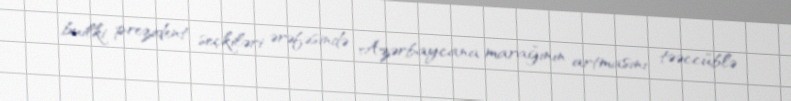
builki prezident seçkiləri ərəfəsində Azərbaycana marağının artmasını təəccüblə